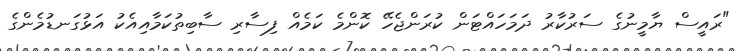
"ރައީސް ޔާމީނުގެ ސަރުކާރު ދަމަހައްޓަން ކުރަންޖެހޭ ކޮންމެ ކަމެއް ފިސާރި ސާބިތުކަމާއިއެކު އަޅުގަނޑުމެންގެ